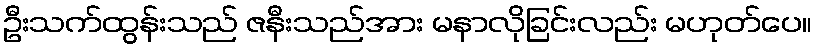
ဦးသက်ထွန်းသည် ဇနီးသည်အား မနာလိုခြင်းလည်း မဟုတ်ပေ။